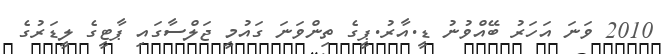
2010 ވަނަ އަހަރު ބޭއްވުނު ޑީ.އާރު.ޕީގެ ތިންވަނަ ގައުމީ ޖަލްސާގައި ޕާޓީގެ ލީޑަރުގެ